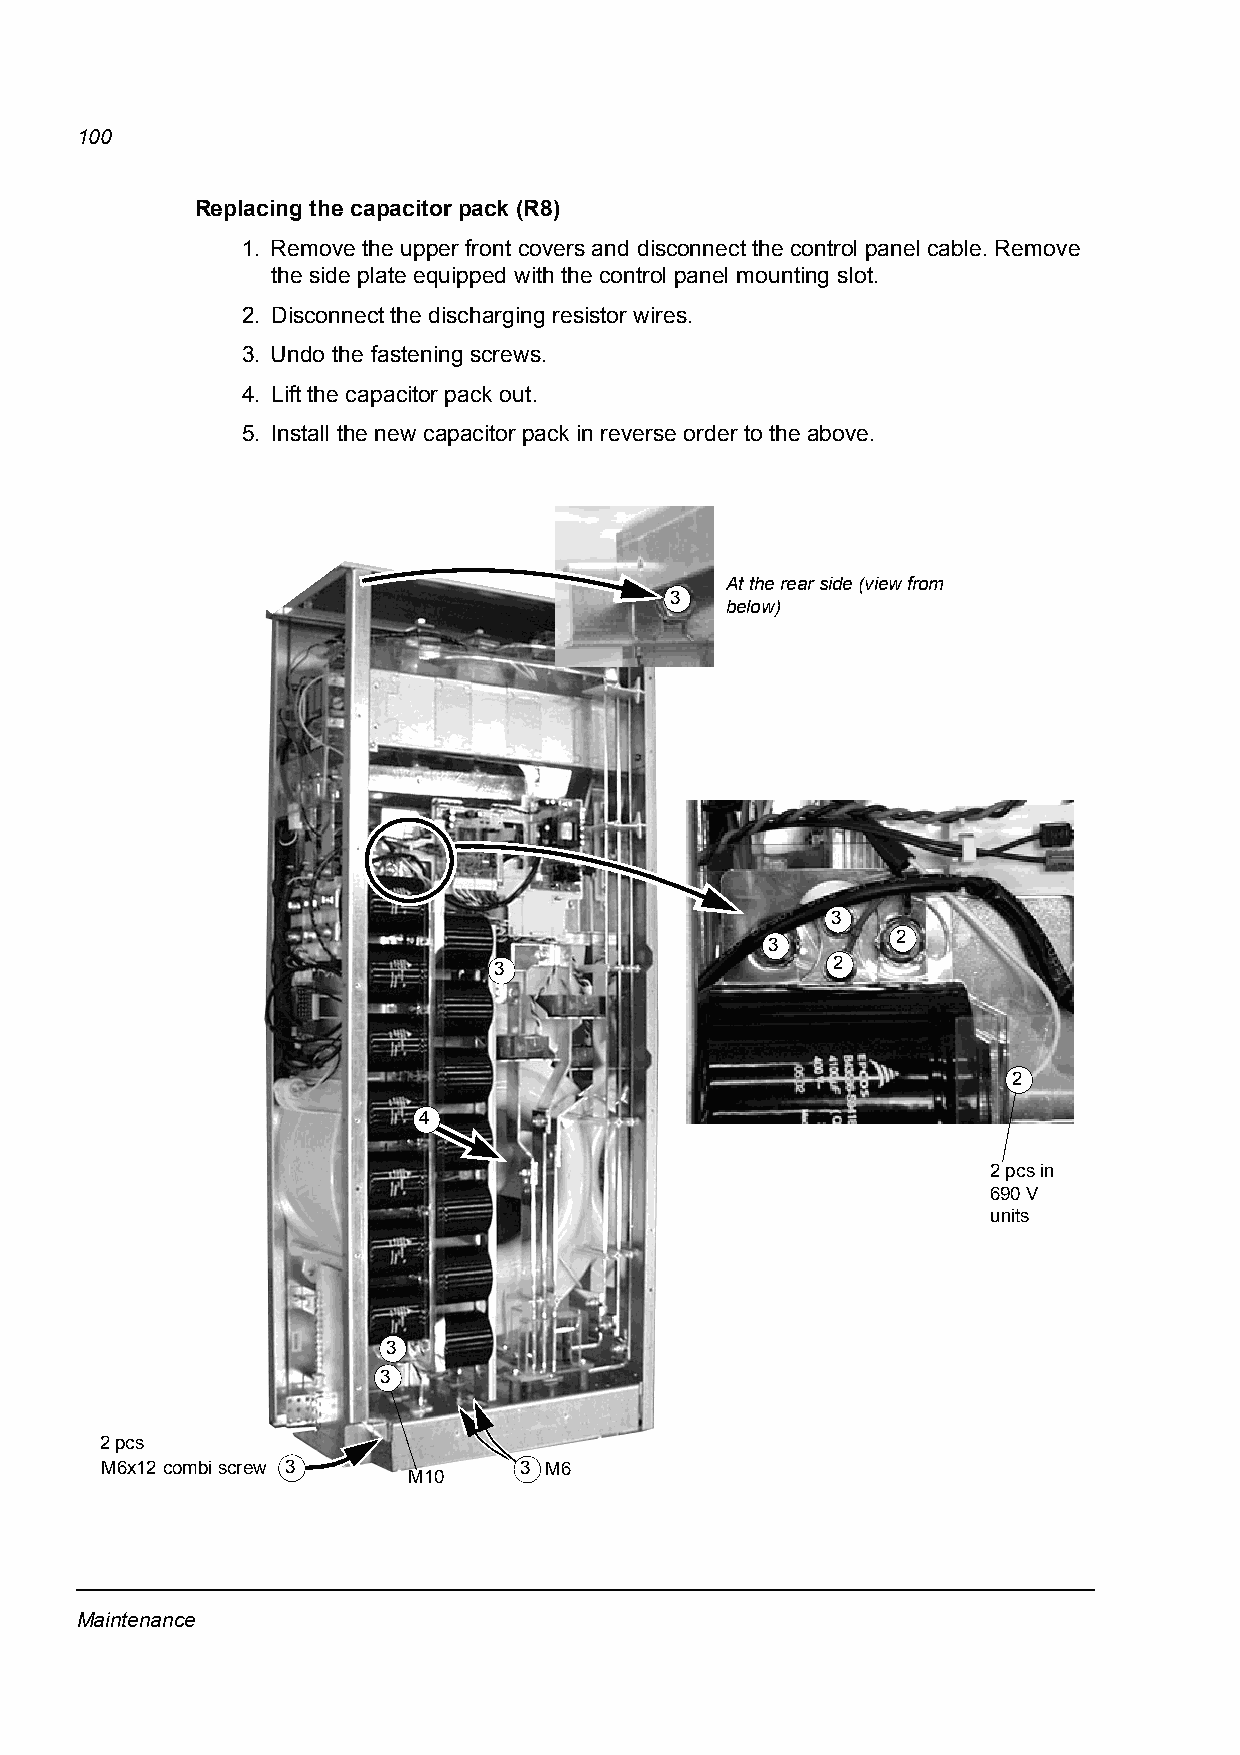
100
 Replacing the capacitor pack (R8)
 1. Remove the upper front covers and disconnect the control panel cable. Remove
 the side plate equipped with the control panel mounting slot.
 2. Disconnect the discharging resistor wires.
 3. Undo the fastening screws.
 4. Lift the capacitor pack out.
 5. Install the new capacitor pack in reverse order to the above.
 At the rear side (view from
 3
 below)
 3
 2
 3
 3                     2
 2
 4
 2 pcs in
 690V
 units
 3
 3
 2 pcs
 M6x12 combi screw 3        3 M6
 M10
 Maintenance